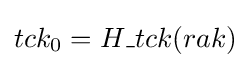
tck_{0}=H\_tck(rak)